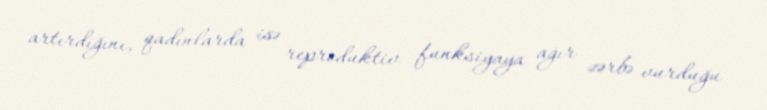
artırdığını, qadınlarda isə reproduktiv funksiyaya ağır zərbə vurduğu